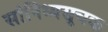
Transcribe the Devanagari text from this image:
सांनिध्यसूचक